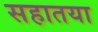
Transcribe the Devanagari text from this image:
सहातया